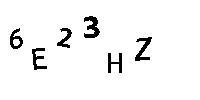
6E23HZ